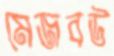
মেজবউ